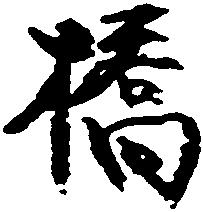
橋